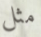
مثل